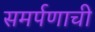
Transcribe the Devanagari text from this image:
समर्पणाची